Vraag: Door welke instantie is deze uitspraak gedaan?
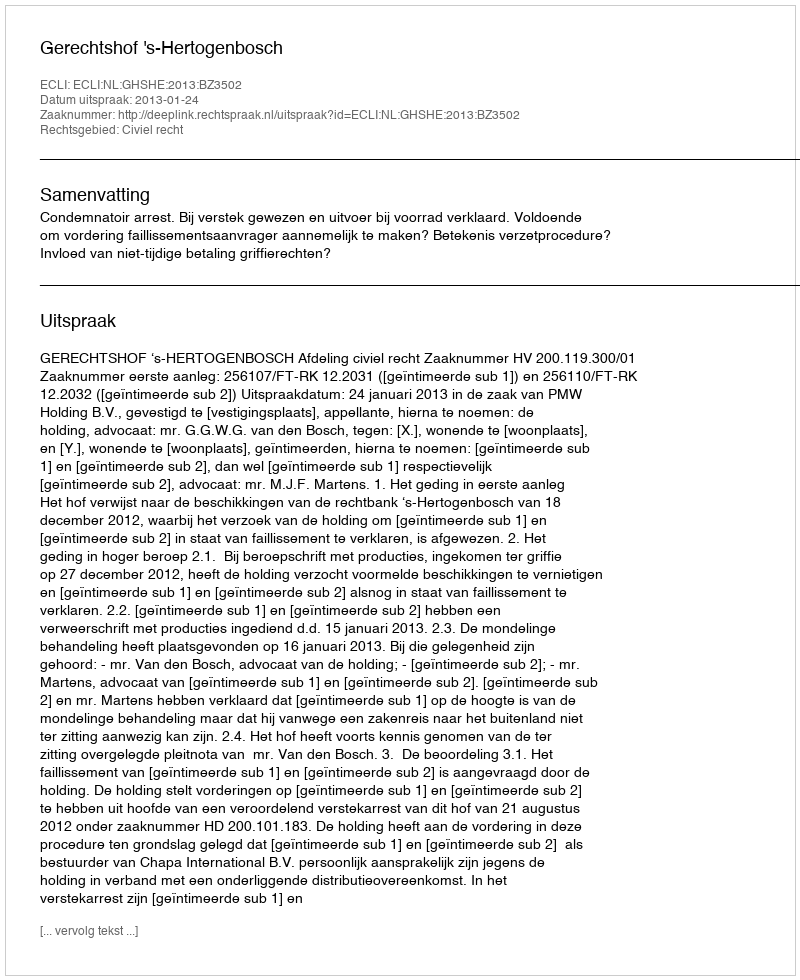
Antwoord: Gerechtshof 's-Hertogenbosch